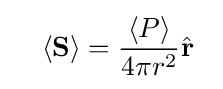
\quad \left\langle \mathbf {S} \right\rangle ={\left\langle P\right\rangle  \over 4\pi r^{2}}{\hat {\mathbf {r} }}\;\;